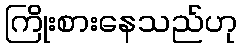
ကြိုးစားနေသည်ဟု